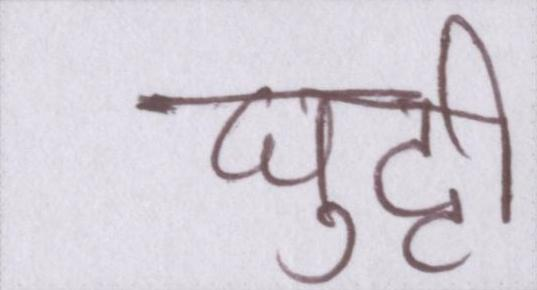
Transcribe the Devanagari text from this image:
घुट्टी